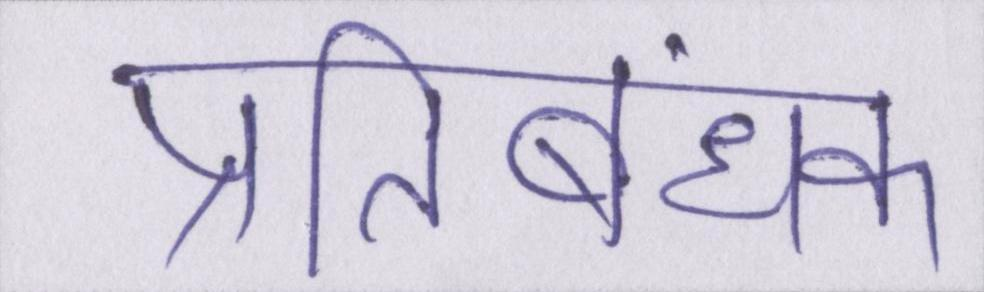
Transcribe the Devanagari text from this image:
प्रतिबंधक